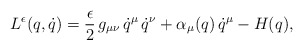
\begin{align*}L^\epsilon(q,\dot q)=\frac{\epsilon}{2} \, g_{\mu\nu} \,\dot q^\mu \,\dot q^\nu + \alpha_\mu (q) \, \dot q^\mu - H(q),\end{align*}